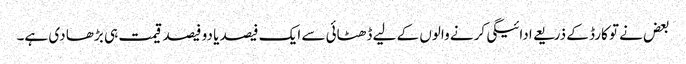
بعض نے تو کارڈ کے ذریعے ادائیگی کرنے والوں کے لیے ڈھٹائی سے ایک فیصد یا دو فیصد قیمت ہی بڑھا دی ہے۔